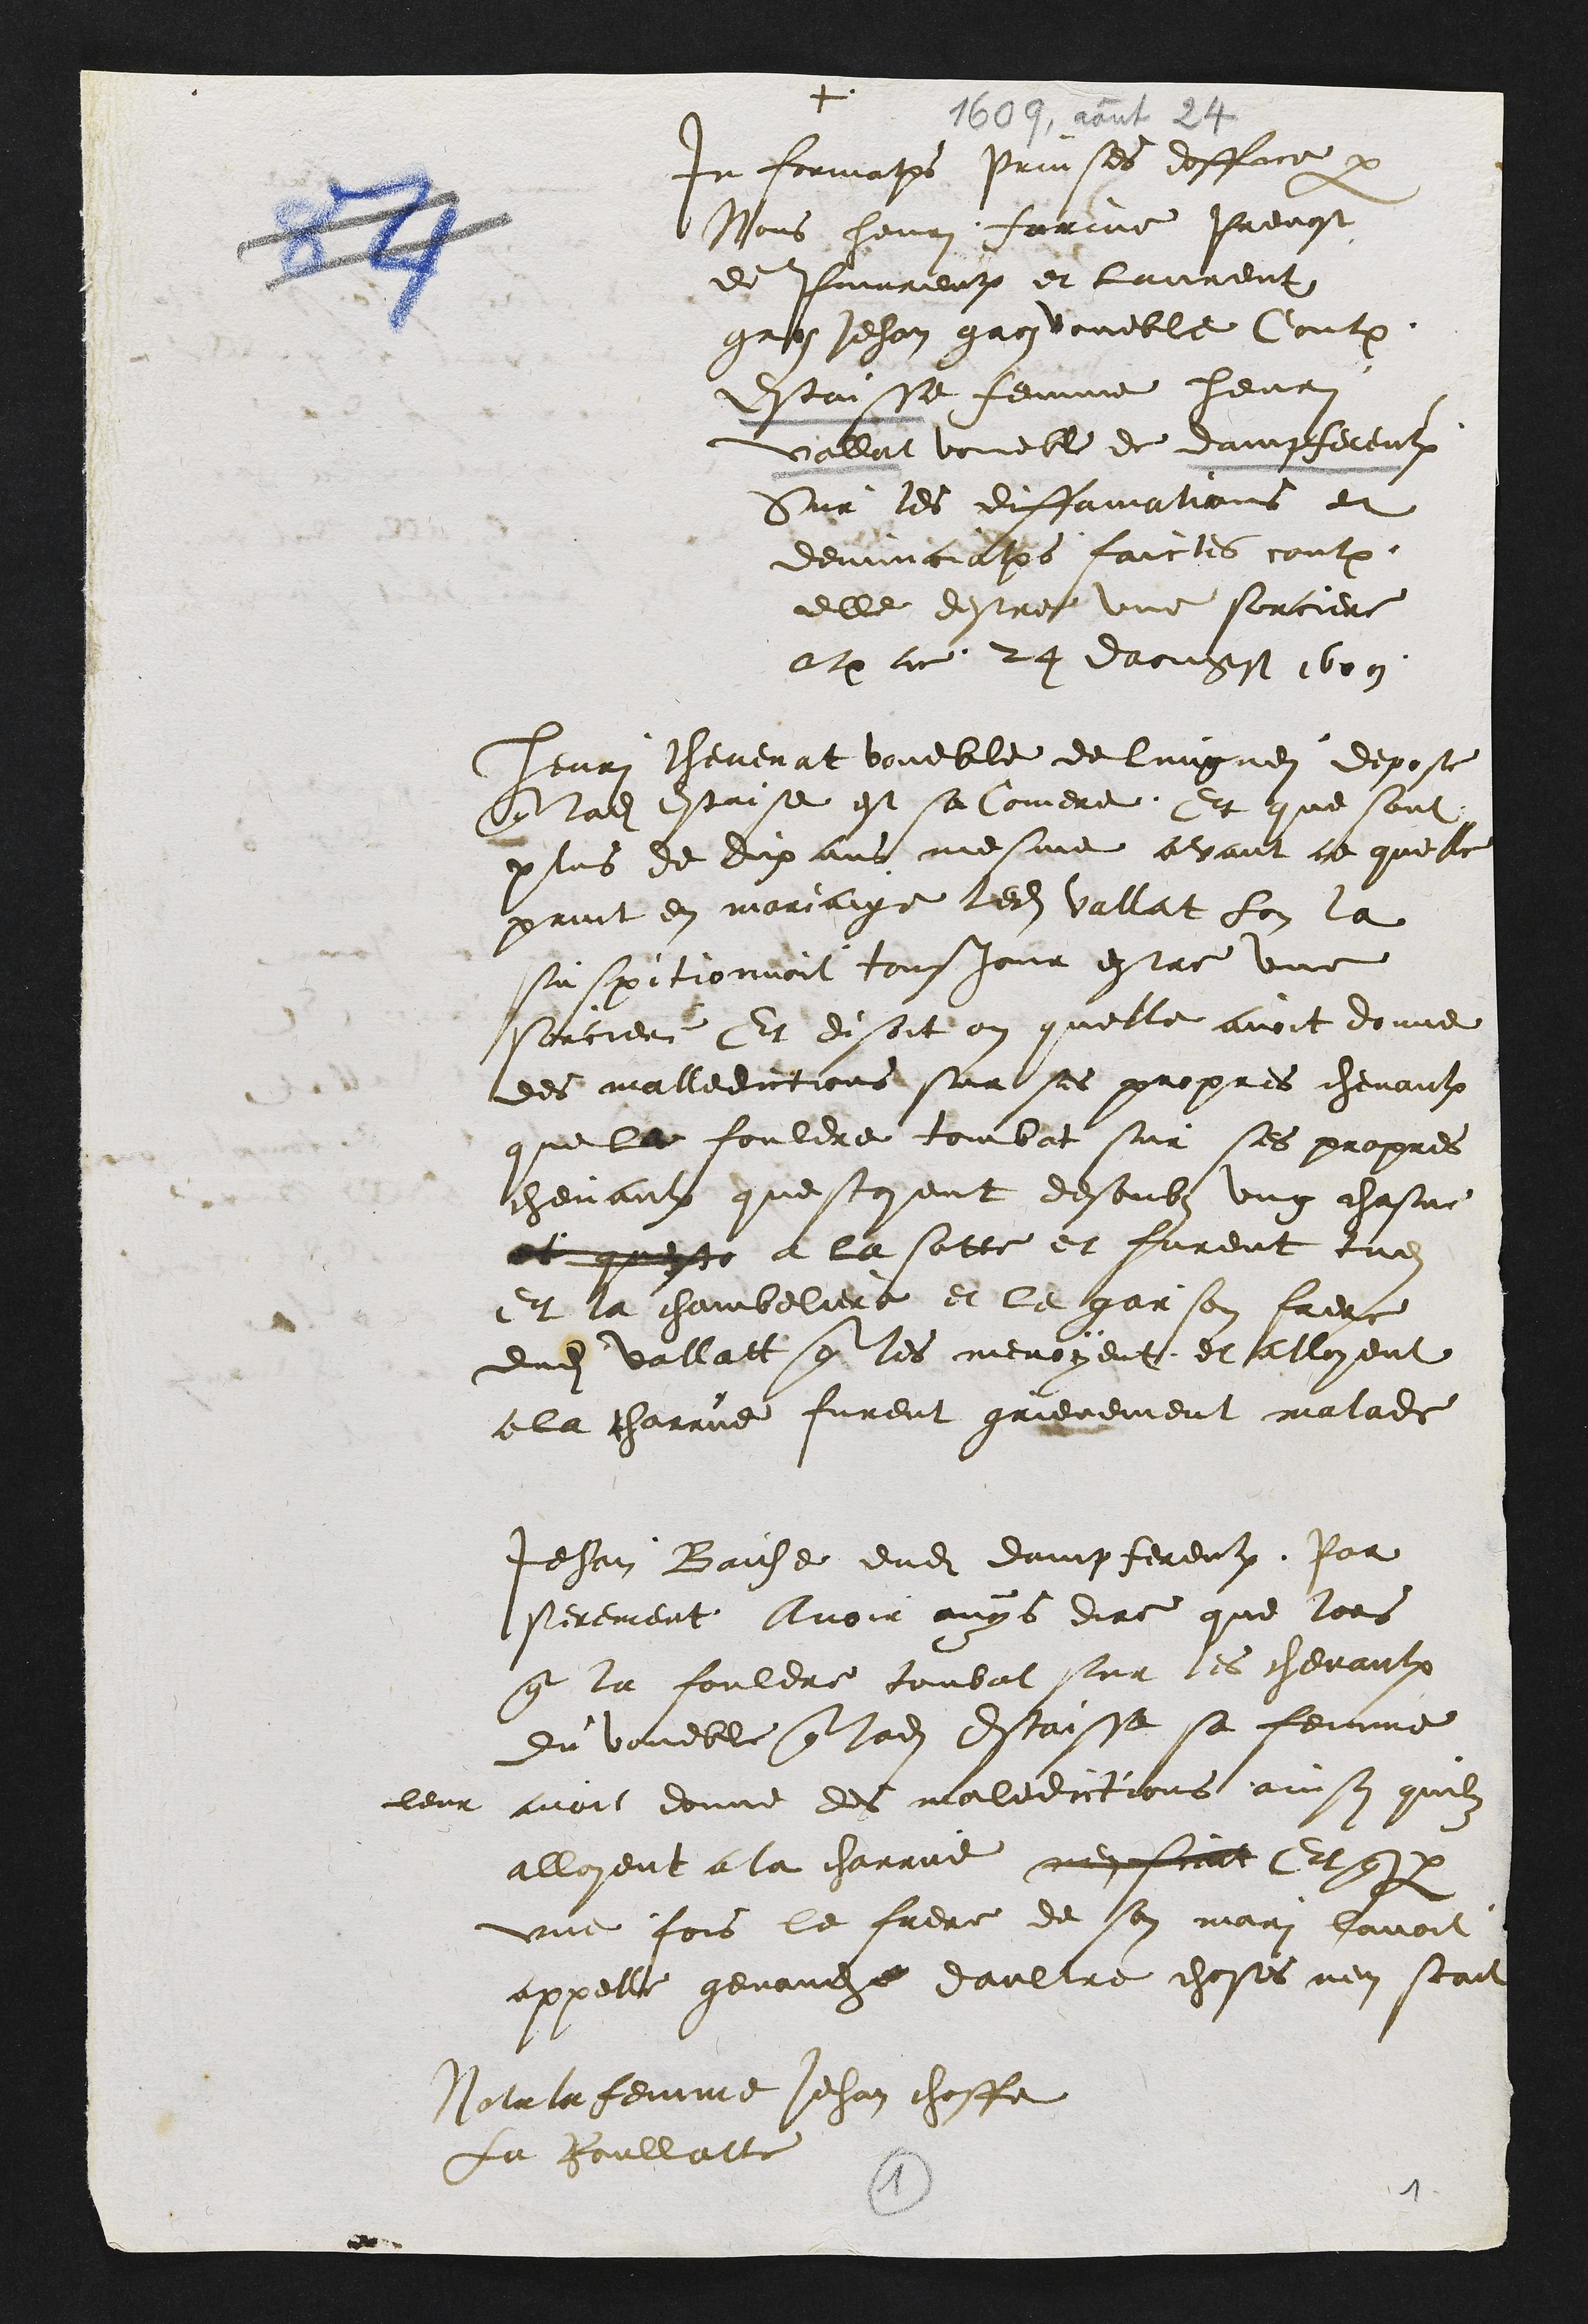
+
Informations prinses doffice par
Nous henri farine Prevost
de Pourrentruy et Laurent
gros Jehan gros voueble Contre
Estaisse femme henri
Vallat voueble de dampfereulx
Sur les diffamations et
denunciations faictes contre
elle destre une sorciere
actum ce 24 daougst 1609
Henri thevenat voueble de lungnei depose
ladite Estaise est sa Comere Et que sont
plus de dix ans mesme avant ce quelle
print en mariaige ledit Vallat Lon la
suspitionnoit tousjour estre une
sorciere Et disoit on quelle avoit donne
des malledictions sur ses propres chevaulx
que le fouldre tombat sur ses propres
chevaulx questoyent desoubs ung chasne
et queste a la satte et furent tues
Et a chambeliere et le garson frere
dudit vallatt qui les menoyent et alloyent
a la charrue furent grievement malade
Jehan Baiche dudit dampfereulx Par
serement Avoir ouys dire que lors
que la fouldre tombat sur les chevaulx
du voueble que ladite Estaisse sa femme
leur
avoit donne des maledictions ainsy quilz
alloyent a la charrue nen scait Et que par
une fois le frere de son mari lavoit
appelle genauche daultre choses nen scait
Nota la femme Jehan choffe
La Roullatte